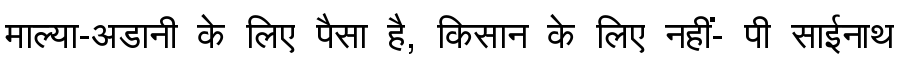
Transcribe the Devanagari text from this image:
माल्या-अडानी के लिए पैसा है, किसान के लिए नहीं- पी साईनाथ